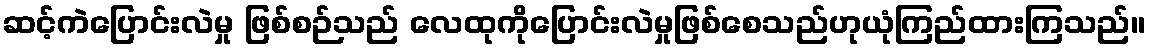
ဆင့်ကဲပြောင်းလဲမှု ဖြစ်စဉ်သည် လေထုကိုပြောင်းလဲမှုဖြစ်စေသည်ဟုယုံကြည်ထားကြသည်။